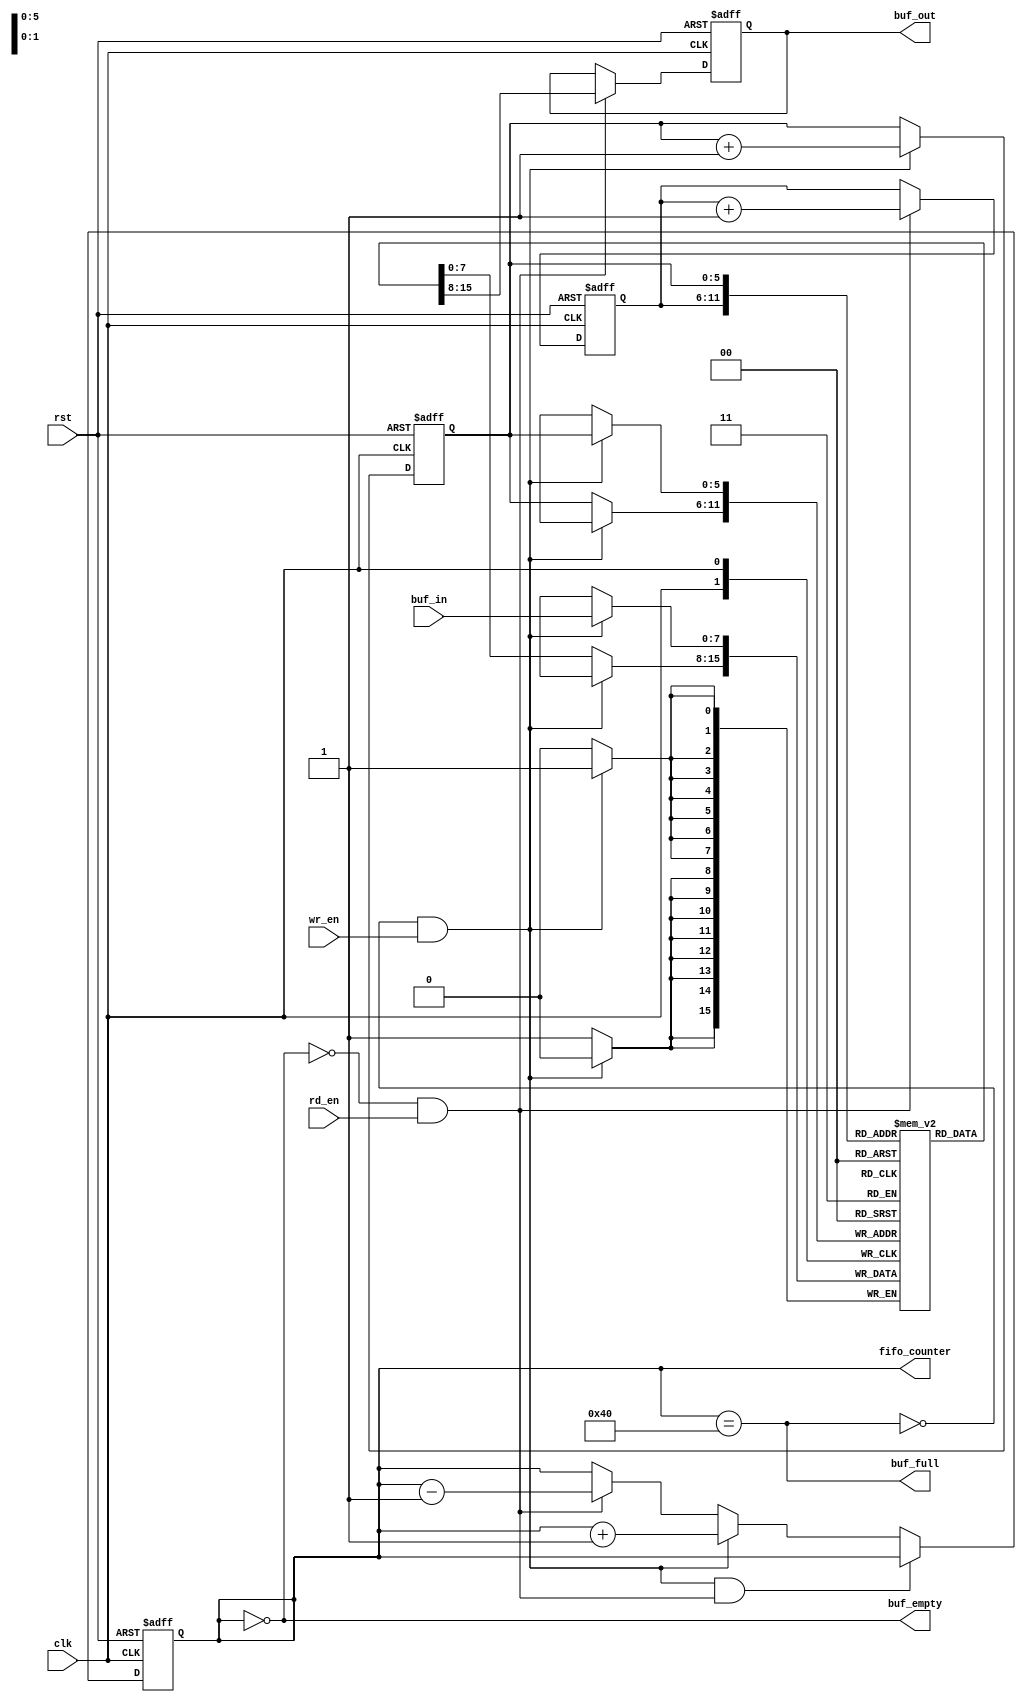
`timescale 1ns / 1ps

module fifo(clk, rst, buf_in, buf_out, wr_en, rd_en, buf_empty, buf_full, fifo_counter);

input rst, clk, wr_en, rd_en;
input [7:0] buf_in;	// 8 bit data in
output [7:0] buf_out;	// 8 bit data out
output buf_empty, buf_full;
output [6:0] fifo_counter;	// to count 0 - 64

reg [7:0] buf_out;
reg buf_empty, buf_full;
reg [6:0] fifo_counter;
reg [5:0] rd_ptr, wr_ptr;	// to represent 64 locations
reg [7:0] buf_mem[63:0];	// 8 bit 64 location memory (64 byte memory);

// to monitor buf_empty, buf_full flags
always @(fifo_counter)
begin
	buf_empty <= (fifo_counter == 0);
	buf_full <= (fifo_counter == 64);
end

// to monitor fifo_counter
always @(posedge clk or posedge rst)
begin
	if(rst)
		fifo_counter <= 0;
		
	else if((!buf_full && wr_en) && (!buf_empty && rd_en))
		fifo_counter <= fifo_counter;
		
	else if(!buf_full && wr_en)
		fifo_counter <= fifo_counter + 1;
	
	else if(!buf_empty && rd_en)
		fifo_counter <= fifo_counter - 1;
	
	else
		fifo_counter <= fifo_counter;

end

// to fetch data from fifo (buf_out)
always @(posedge clk or posedge rst)
begin
	if(rst)
		buf_out <= 0;
		
	else
	begin
		if(rd_en && !buf_empty)
			buf_out <= buf_mem[rd_ptr];
		else
			buf_out <= buf_out;
	end
end

// wriring data into the fifo
always @(posedge clk)
begin
	if(wr_en && !buf_full)
		buf_mem[wr_ptr] <= buf_in;
	else
		buf_mem[wr_ptr] <= buf_mem[wr_ptr];
end

// to control read pointer and write pointer
always @(posedge clk or posedge rst)
begin
	if(rst)
	begin
		wr_ptr <= 0;
		rd_ptr <= 0;
	end
	
	else
	begin
		if(!buf_full && wr_en)
			wr_ptr <= wr_ptr + 1;
		else
			wr_ptr <= wr_ptr;
			
		if(!buf_empty && rd_en)
			rd_ptr <= rd_ptr + 1;
		else
			rd_ptr <= rd_ptr;
	end
end

endmodule